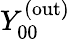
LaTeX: Y_{00}^{(\mathrm{out})}